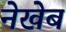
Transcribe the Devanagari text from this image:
नेखेब